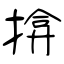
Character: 揜